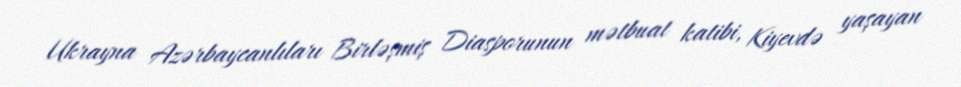
Ukrayna Azərbaycanlıları Birləşmiş Diasporunun mətbuat katibi, Kiyevdə yaşayan